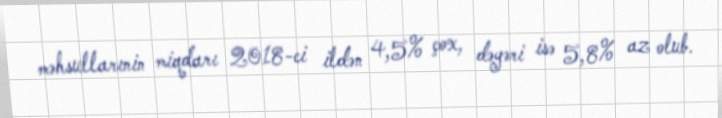
məhsullarınin miqdarı 2018-ci ildən 4,5% çox, dəyəri isə 5,8% az olub.